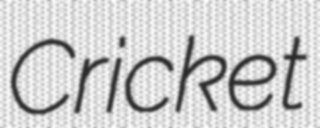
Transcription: Cricket